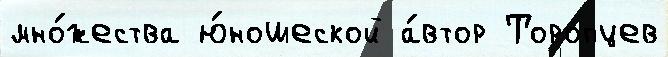
мно́жества ю́ношеской а́втор Торопцев